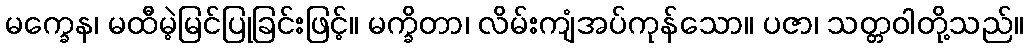
မက္ခေန၊ မထီမဲ့မြင်ပြုခြင်းဖြင့်။ မက္ခိတာ၊ လိမ်းကျံအပ်ကုန်သော။ ပဇာ၊ သတ္တဝါတို့သည်။